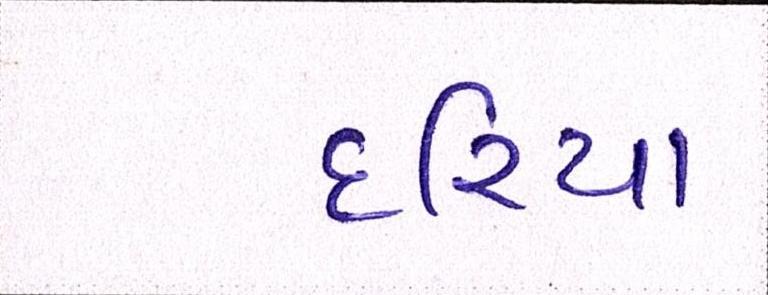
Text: દરિયા